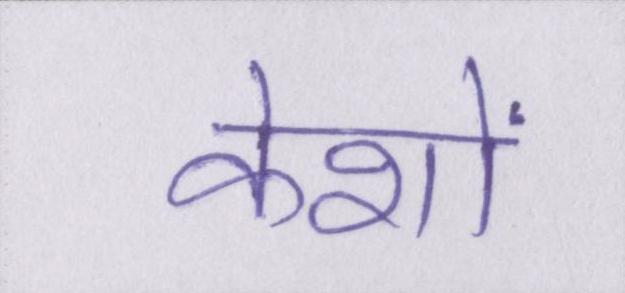
केशों